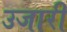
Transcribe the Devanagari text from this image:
उजारी